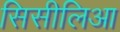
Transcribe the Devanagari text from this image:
सिसीलिआ